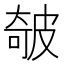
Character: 㿲